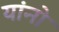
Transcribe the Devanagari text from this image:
यांनो